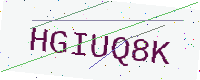
Text: HGIUQ8K